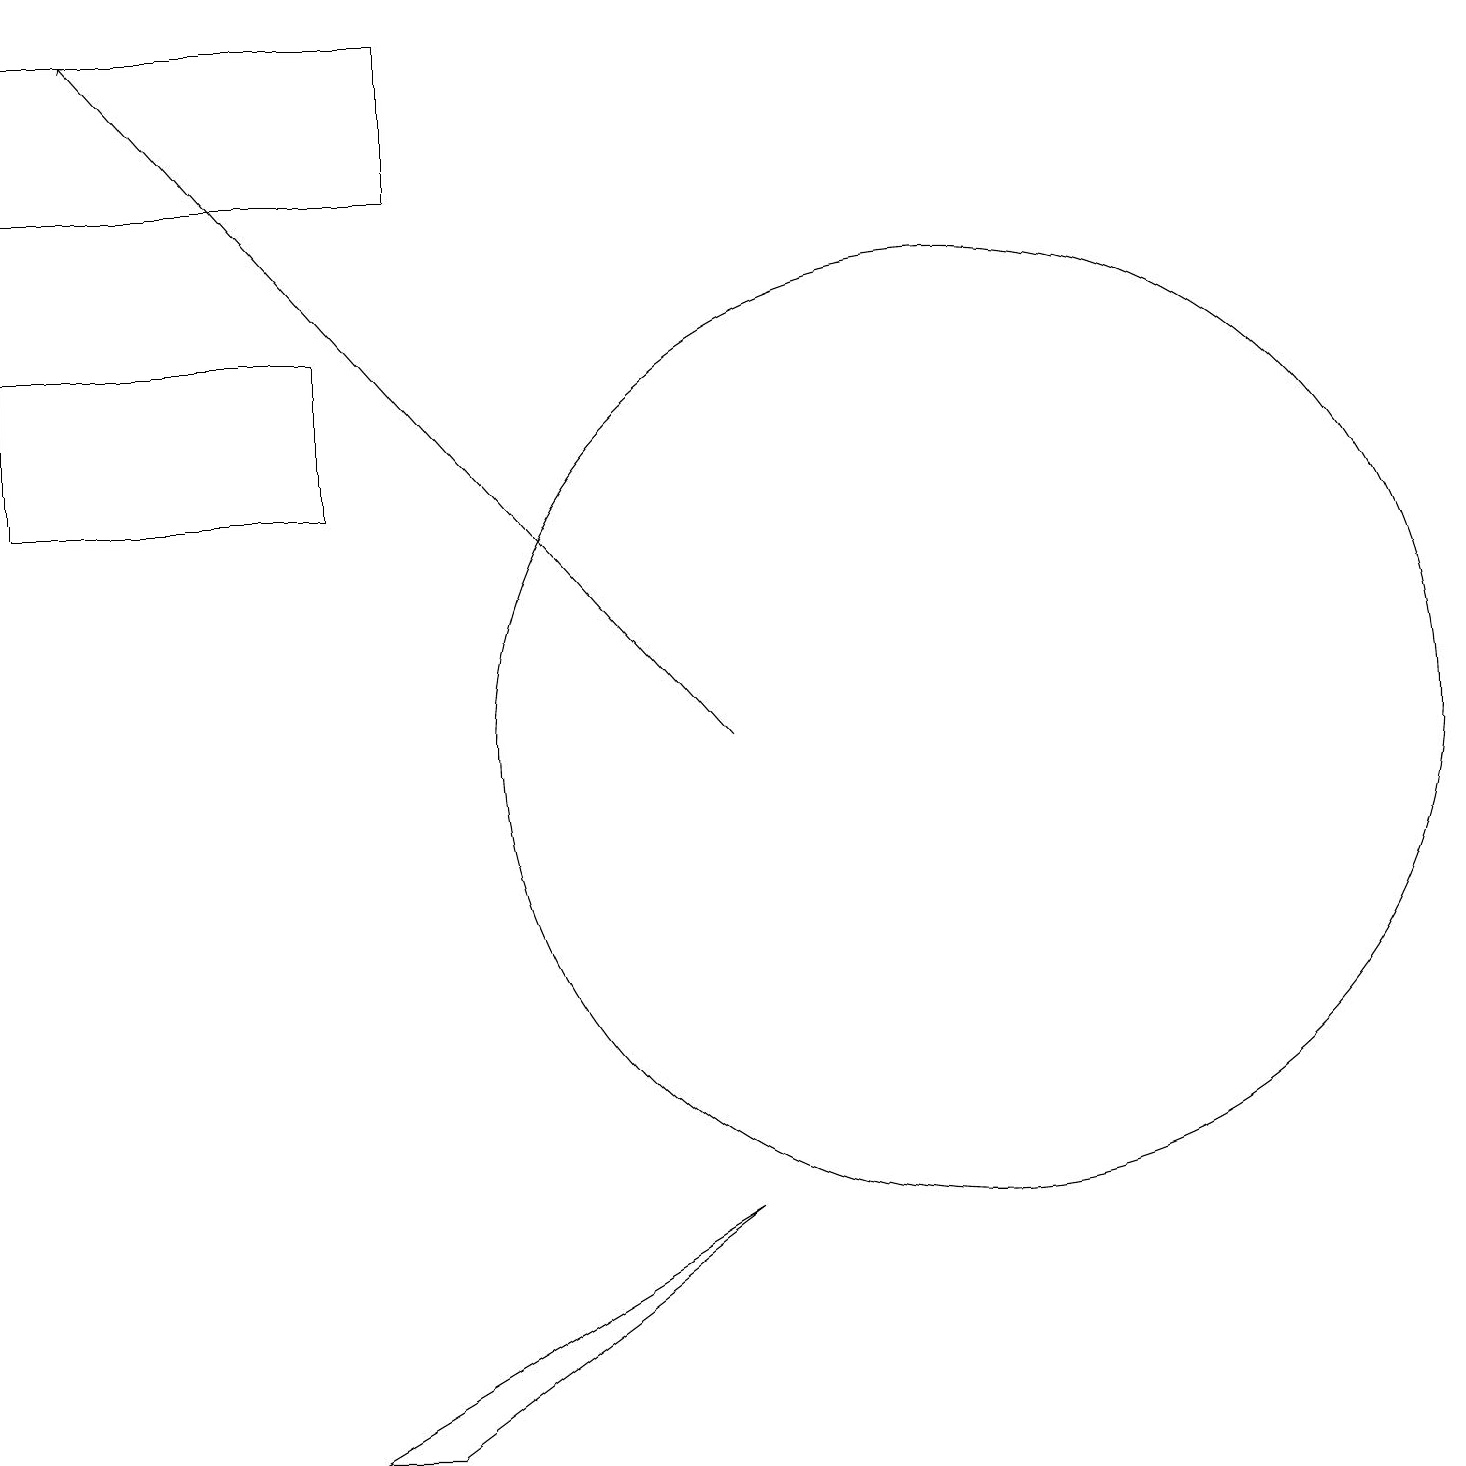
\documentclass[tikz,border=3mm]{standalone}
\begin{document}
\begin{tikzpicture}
\draw (12,10) circle (6);
\draw (0,17) rectangle (5,19);
\draw (5,1) -- (4,1) -- (9,4) -- cycle;
\draw (4,13) rectangle (0,15);
\draw[->] (9,10) -- (1,19);
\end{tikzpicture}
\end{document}